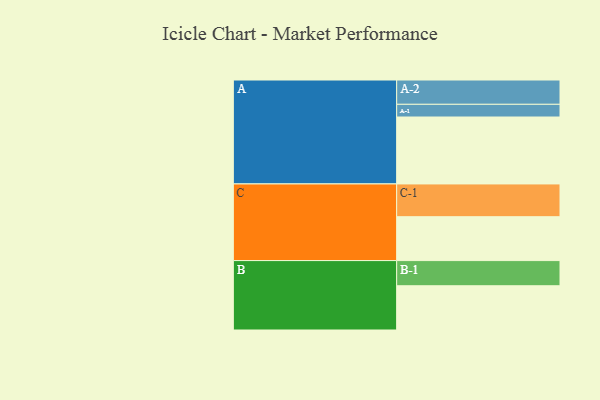
{"axis": {"x": "Segment", "y": "Value"}, "legend": ["", "A", "B", "C"], "data": [{"x": "A", "y": 537, "type": ""}, {"x": "B", "y": 355, "type": ""}, {"x": "C", "y": 352, "type": ""}, {"x": "A-1", "y": 102, "type": "A"}, {"x": "A-2", "y": 195, "type": "A"}, {"x": "B-1", "y": 202, "type": "B"}, {"x": "C-1", "y": 263, "type": "C"}]}